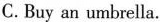
C.Buy an umbrella.